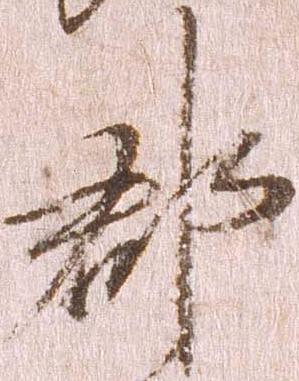
郡